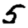
Digit: 5